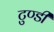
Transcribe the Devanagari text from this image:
टुण्डी